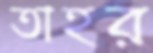
তাহর